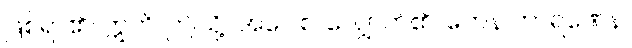
ဖြစ်ရာ၏။ ဣတိ၊ ဤသို့။ အဝေါစ၊ လျှောက်၏။ ကေန ကာရဏေန၊